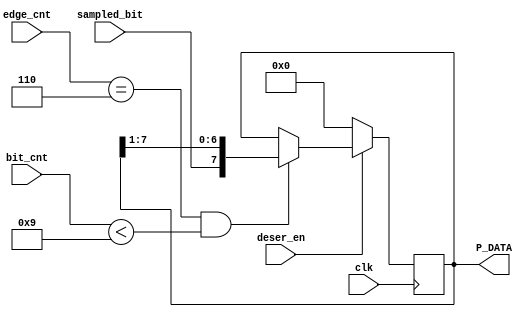
module deserializer(
  input                clk,
  input                deser_en,
  input                sampled_bit,
  input        [4:0]   edge_cnt,bit_cnt,
  output reg   [7:0]   P_DATA
  );
  
  always @(posedge clk)
  begin
    if(deser_en)
      begin
        if (edge_cnt == 6 && bit_cnt < 9)
           P_DATA <= {sampled_bit,P_DATA[7:1]};
       end
     else
       begin
        P_DATA <= 0;
      end
  end
endmodule